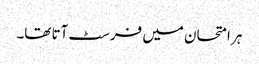
ہر امتحان میں فرسٹ آتا تھا۔